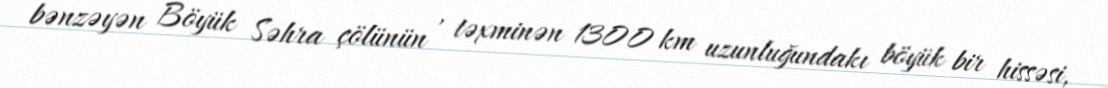
bənzəyən Böyük Səhra çölünün , təxminən 1300 km uzunluğundakı böyük bir hissəsi,